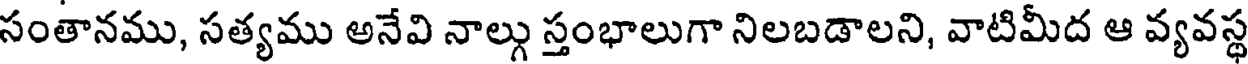
సంతానము, సత్యము అనేవి నాల్గు స్తంభాలుగా నిలబడాలని, వాటిమీద ఆ వ్యవస్థ